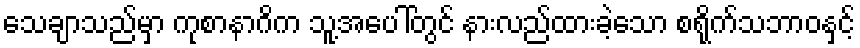
သေချာသည်မှာ ကုစာနာဂိက သူ့အပေါ်တွင် နားလည်ထားခဲ့သော စရိုက်သဘာဝနှင့်